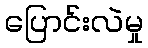
ပြောင်းလဲမှု